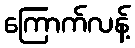
ကြောက်လန့်